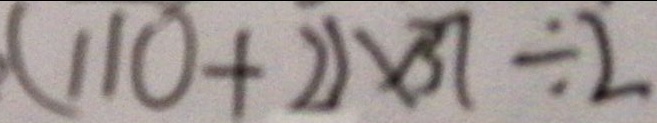
( 1 1 0 + 2 ) \times 3 7 \div 2